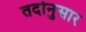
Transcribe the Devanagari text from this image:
तदोनुसार